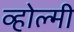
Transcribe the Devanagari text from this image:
व्होल्मी